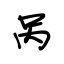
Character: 呙